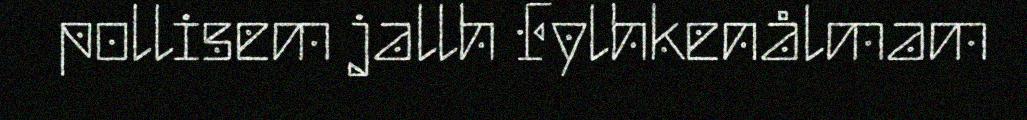
pollisem jallh Fylhkenålmam